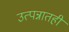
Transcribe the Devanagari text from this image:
उत्पन्नातही